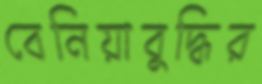
বেনিয়াবুদ্ধির